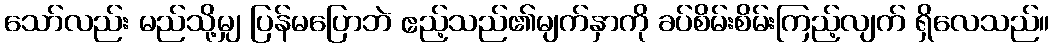
သော်လည်း မည်သို့မျှ ပြန်မပြောဘဲ ဧည့်သည်၏မျက်နှာကို ခပ်စိမ်းစိမ်းကြည့်လျက် ရှိလေသည်။